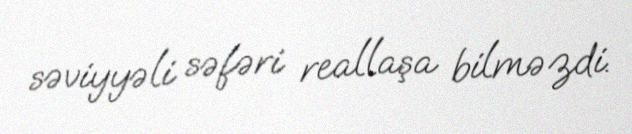
səviyyəli səfəri reallaşa bilməzdi.